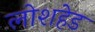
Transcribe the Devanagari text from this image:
लोशहेड